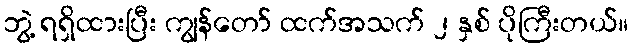
ဘွဲ့ ရရှိထားပြီး ကျွန်တော် ထက်အသက် ၂ နှစ် ပိုကြီးတယ်။